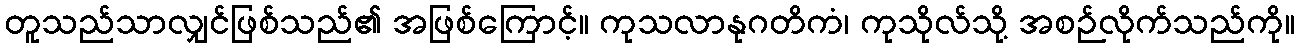
တူသည်သာလျှင်ဖြစ်သည်၏ အဖြစ်ကြောင့်။ ကုသလာနုဂတိကံ၊ ကုသိုလ်သို့ အစဉ်လိုက်သည်ကို။